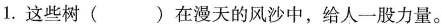
1. 这些树( )在漫天的风沙中，给人一股力量。